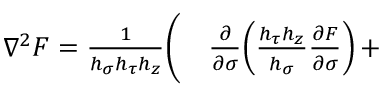
\begin{array} { r l } { \nabla ^ { 2 } F = \frac { 1 } { h _ { \sigma } h _ { \tau } h _ { z } } \bigg ( } & { { } \frac { \partial } { \partial \sigma } \! \left( \frac { h _ { \tau } h _ { z } } { h _ { \sigma } } \frac { \partial F } { \partial \sigma } \right) + } \end{array}